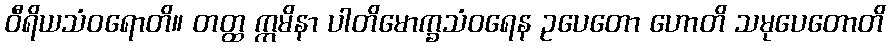
ဝီရိယသံဝရောတိ။ တတ္ထ ဣမိနာ ပါတိမောက္ခသံဝရေန ဥပေတော ဟောတိ သမုပေတောတိ